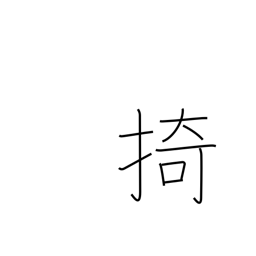
Meaning: hold back